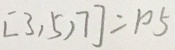
[ 3 , 5 , 7 ] = 1 0 5